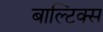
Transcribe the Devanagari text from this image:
बाल्टिक्स